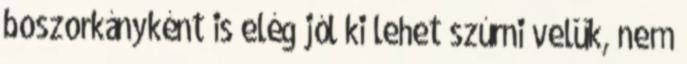
boszorkányként is elég jól ki lehet szúrni velük, nem